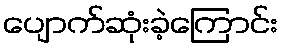
ပျောက်ဆုံးခဲ့ကြောင်း